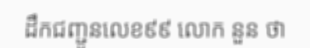
ដឹកជញ្ជូនលេខ៩៩ លោក នួន ថា